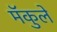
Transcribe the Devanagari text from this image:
मॅकुले